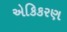
એકિકરણ